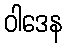
ဝါဒေန